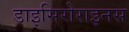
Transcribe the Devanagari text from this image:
डाइसिरोराइनस